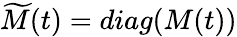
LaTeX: \widetilde M(t)=diag(M(t))